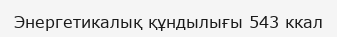
Энергетикалық құндылығы 543 ккал